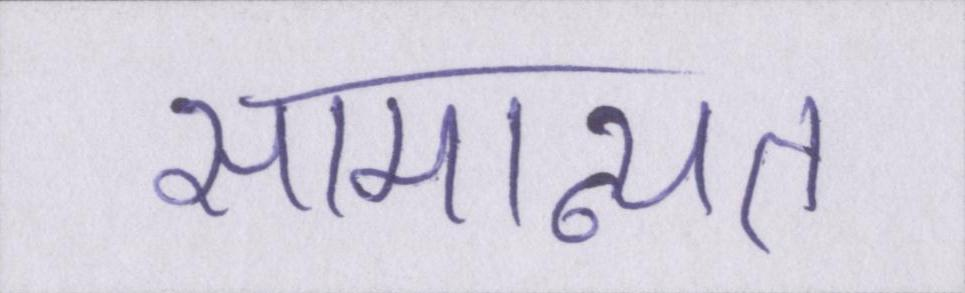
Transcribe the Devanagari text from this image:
सामान्यत